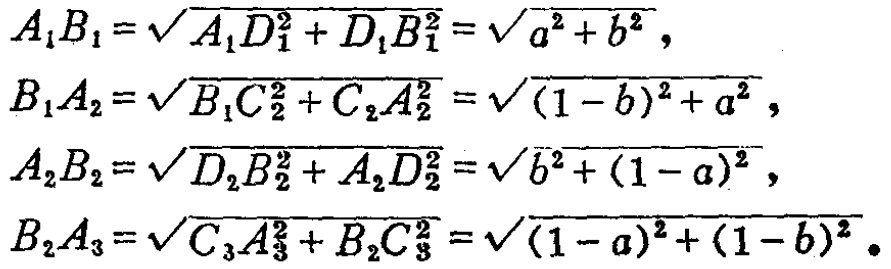
\[
\begin{align*}
A_{1}B_{1}&=\sqrt{A_{1}D_{1}^{2}+D_{1}B_{1}^{2}}=\sqrt{a^{2}+b^{2}},\\
B_{1}A_{2}&=\sqrt{B_{1}C_{2}^{2}+C_{2}A_{2}^{2}}=\sqrt{(1 - b)^{2}+a^{2}},\\
A_{2}B_{2}&=\sqrt{D_{2}B_{2}^{2}+A_{2}D_{2}^{2}}=\sqrt{b^{2}+(1 - a)^{2}},\\
B_{2}A_{3}&=\sqrt{C_{3}A_{3}^{2}+B_{2}C_{3}^{2}}=\sqrt{(1 - a)^{2}+(1 - b)^{2}}.
\end{align*}
\]